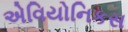
એવિયોનિકસ